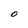
Character: O